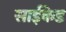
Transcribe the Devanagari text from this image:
साईकेड